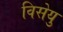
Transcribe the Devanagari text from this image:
विसेयु